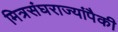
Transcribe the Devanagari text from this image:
मित्रसंघराज्यांपैकी